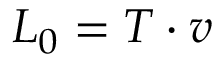
L _ { 0 } = T \cdot v